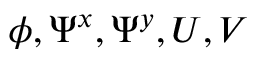
\phi , \Psi ^ { x } , \Psi ^ { y } , U , V